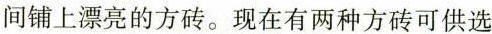
间铺上漂亮的方砖。现在有两种方砖可供选